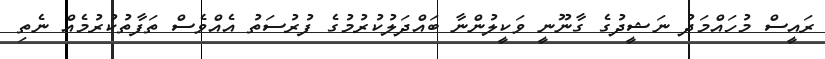
ރައީސް މުހައްމަދު ނަޝީދުގެ ގާނޫނީ ވަކީލުންނާ ބައްދަލުކުރުމުގެ ފުރުސަތު އެއްވެސް ތަފާތުކުރުމެއް ނެތި